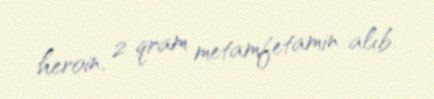
heroin, 2 qram metamfetamin alıb.